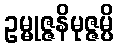
ဥမ္မုဇ္ဇနိမုဇ္ဇမ္ပိ